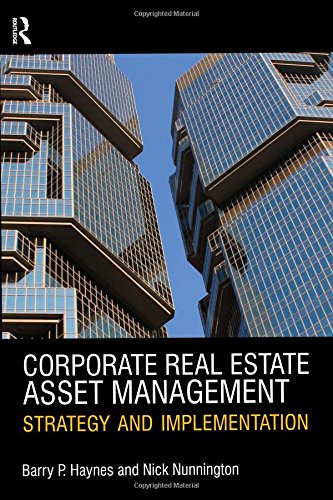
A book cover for Corporate Real Estate Asset Management; Barry Haynes; Business & Money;